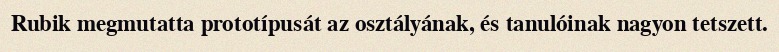
Rubik megmutatta prototípusát az osztályának, és tanulóinak nagyon tetszett.